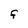
Character: F